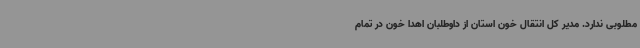
مطلوبی ندارد. مدیر کل انتقال خون استان از داوطلبان اهدا خون در تمام